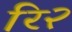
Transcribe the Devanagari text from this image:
रि२